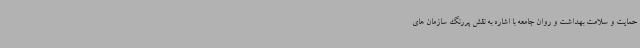
حمایت و سلامت بهداشت و روان جامعه با اشاره به نقش پررنگ سازمان های